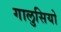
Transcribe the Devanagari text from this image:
गालुसियो